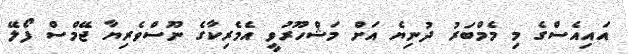
އައިއެސްގެ މި މެމްބަރު ދުނިޔެ އަށް މަޝްހޫރުވީ އެމެރިކާގެ ނޫސްވެރިޔާ ޖޭމްސް ފޯލޭ